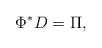
\begin{align*}\Phi^* D=\Pi,\end{align*}